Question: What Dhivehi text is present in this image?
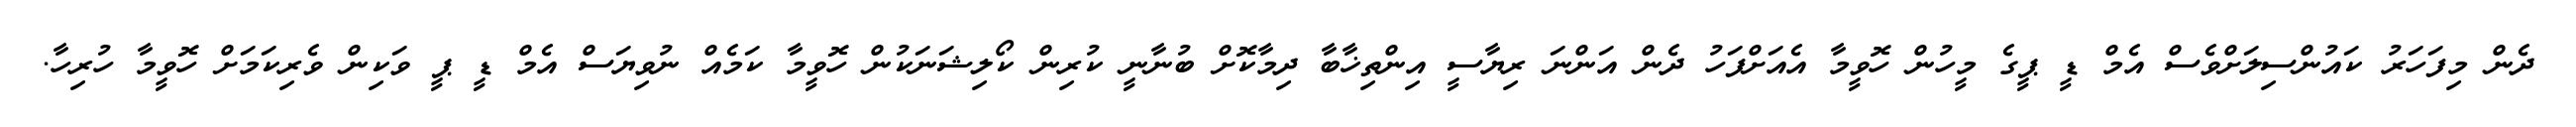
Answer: ދެން މިފަހަރު ކައުންސިލަށްވެސް އެމް ޑީ ޕީގެ މީހުން ހޮވީމާ އެއަށްފަހު ދެން އަންނަ ރިޔާސީ އިންތިޚާބާ ދިމާކޮށް ބުނާނީ ކުރިން ކޯލިޝަނަކުން ހޮވީމާ ކަމެއް ނުވިޔަސް އެމް ޑީ ޕީ ވަކިން ވެރިކަމަށް ހޮވީމާ ހުރިހާ.